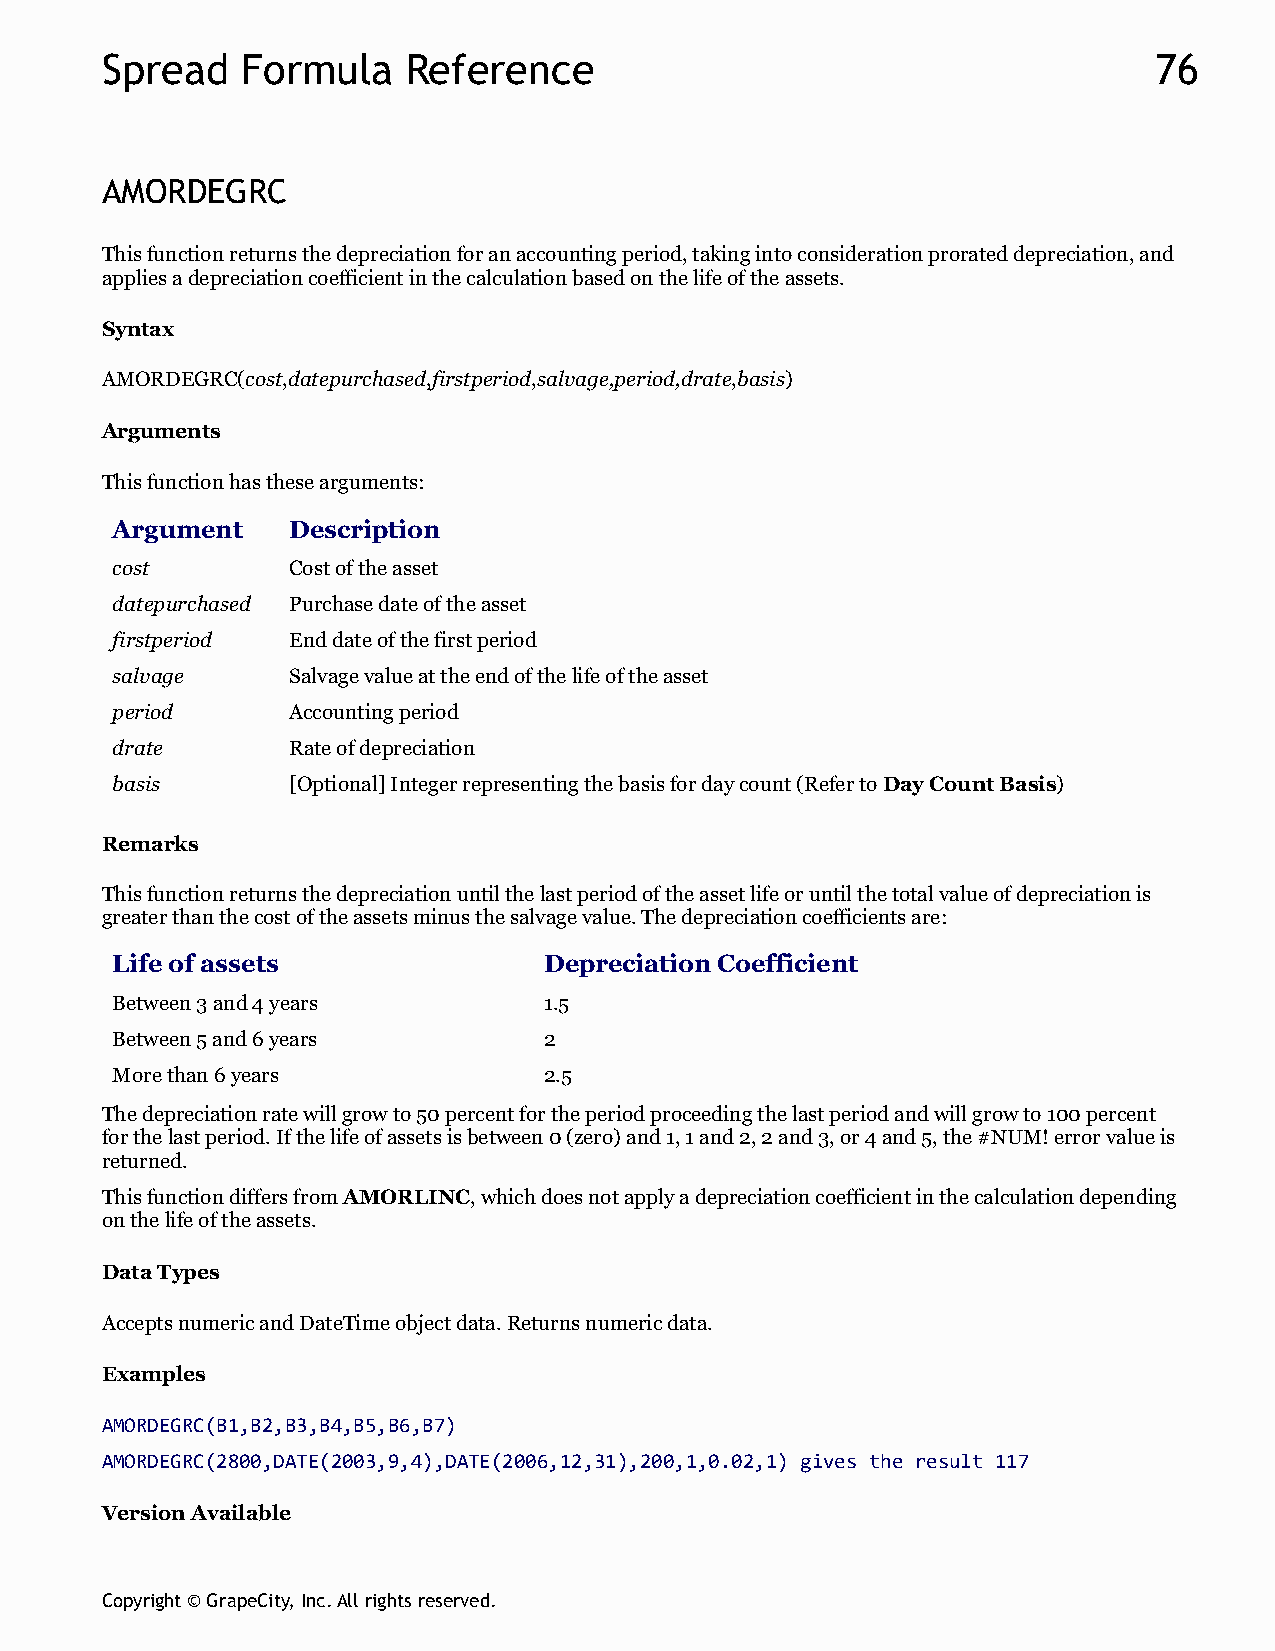
Spread   Formula    Reference                                        76
 AMORDEGRC
 This function returns the depreciation for an accounting period, taking into consideration prorated depreciation, and
 applies a depreciation coefficient in the calculation based on the life of the assets.
 Syntax
 AMORDEGRC(cost,datepurchased,firstperiod,salvage,period,drate,basis)
 Arguments
 This function has these arguments:
 Argument    Description
 cost        Cost of the asset
 datepurchased Purchase date of the asset
 firstperiod End date of the first period
 salvage     Salvage value at the end of the life of the asset
 period      Accounting period
 drate       Rate of depreciation
 basis       [Optional] Integer representing the basis for day count (Refer to Day Count Basis)
 Remarks
 This function returns the depreciation until the last period of the asset life or until the total value of depreciation is
 greater than the cost of the assets minus the salvage value. The depreciation coefficients are:
 Life of assets               Depreciation Coefficient
 Between 3 and 4 years        1.5
 Between 5 and 6 years        2
 More than 6 years            2.5
 The depreciation rate will grow to 50 percent for the period proceeding the last period and will grow to 100 percent
 for the last period. If the life of assets is between 0 (zero) and 1, 1 and 2, 2 and 3, or 4 and 5, the #NUM! error value is
 returned.
 This function differs from AMORLINC, which does not apply a depreciation coefficient in the calculation depending
 on the life of the assets.
 Data Types
 Accepts numeric and DateTime object data. Returns numeric data.
 Examples
 AMORDEGRC(B1,B2,B3,B4,B5,B6,B7)
 AMORDEGRC(2800,DATE(2003,9,4),DATE(2006,12,31),200,1,0.02,1) gives the result 117
 Version Available
 Copyright © GrapeCity, Inc. All rights reserved.